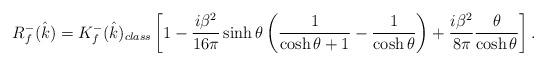
LaTeX: \begin{align*} R_f^-(\hat k)= K_f^-(\hat k)_{class}\left[1-\frac{i\beta^2}{16\pi}\sinh\theta \left( \frac{1}{\cosh\theta+1}-\frac{1}{\cosh\theta} \right) +\frac{i \beta^2}{8\pi}\frac{\theta}{\cosh\theta} \right].\end{align*}